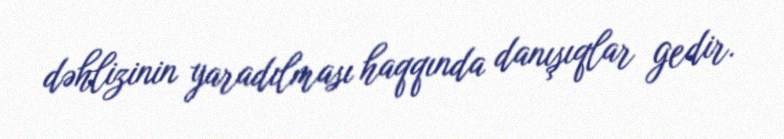
dəhlizinin yaradılması haqqında danışıqlar gedir.